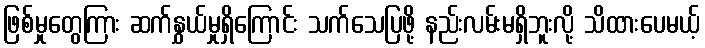
ဖြစ်မှုတွေကြား ဆက်နွှယ်မှုရှိကြောင်း သက်သေပြဖို့ နည်းလမ်းမရှိဘူးလို့ သိထားပေမယ့်